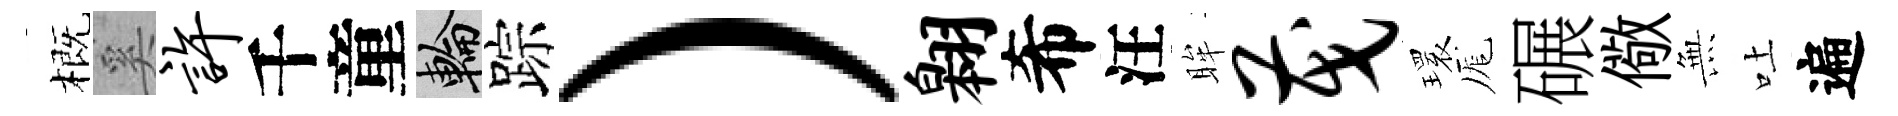
概奚许千童輪踪）翱希汪眸茂𤨔厖碾儆𭴾吐遍